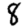
Digit: 8